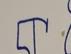
Signature authenticity: forged